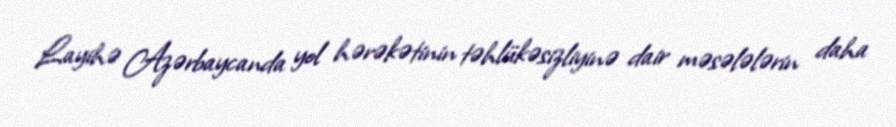
Layihə Azərbaycanda yol hərəkətinin təhlükəsizliyinə dair məsələlərin daha